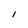
Character: I